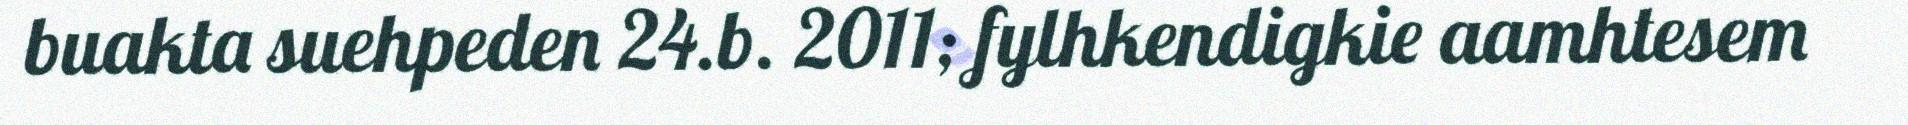
buakta suehpeden 24.b. 2011; fylhkendigkie aamhtesem